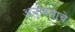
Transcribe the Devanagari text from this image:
अनुक्रमाचे